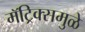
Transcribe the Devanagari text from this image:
मॅट्रिक्समुळे